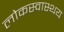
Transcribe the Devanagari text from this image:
लोकस्वास्थय